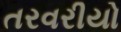
તરવરીયો